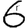
Digit: 6